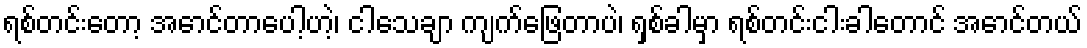
ရစ်တင်းတော့ အောင်တာပေါ့ဟဲ့၊ ငါသေချာ ကျက်ဖြေတာပဲ၊ ရှစ်ခါမှာ ရစ်တင်းငါးခါတောင် အောင်တယ်